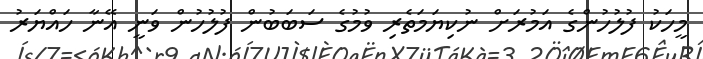
މީހަކު ފުލުހުންގެ އަމުރަށް ނުކިޔަމަތެރި ވުމުގެ ސަބަބުން ފުލުހުން ވަނީ އޭނާ ހައްޔަރު